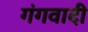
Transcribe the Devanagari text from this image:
गंगवादी